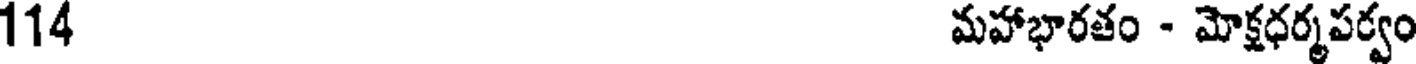
114 మహాభారతం - మోక్షధర్మపర్వం